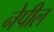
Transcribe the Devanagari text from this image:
नेपील